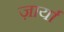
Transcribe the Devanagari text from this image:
ज़ार्या